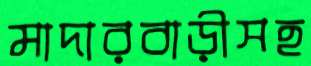
মাদারবাড়ীসহ